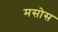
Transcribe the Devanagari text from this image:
मसोस